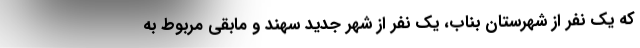
که یک نفر از شهرستان بناب، یک نفر از شهر جدید سهند و مابقی مربوط به